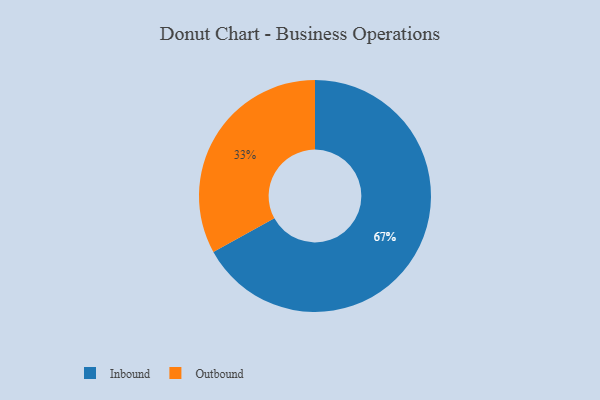
{"axis": {"x": "Category", "y": "Percentage"}, "legend": ["Inbound", "Outbound"], "data": [{"x": "Outbound", "y": 33, "type": "Outbound"}, {"x": "Inbound", "y": 67, "type": "Inbound"}]}